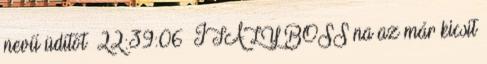
nevű üdítőt 22:39:06 ITALY BOSS na az már kicsit